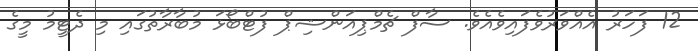
12 ފަހަރު އެއްވަރުވެފައިވެއެވެ. ސާފް ޗެމްޕިއަންޝިޕް ފުޓްބޯޅަ މުބާރާތުގައި މި ދެޓީމު މީގެ